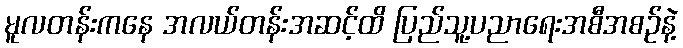
မူလတန်းကနေ အလယ်တန်းအဆင့်ထိ ပြည်သူ့ပညာရေးအစီအစဥ်နဲ့